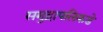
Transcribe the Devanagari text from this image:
समुद्रापलिकडे